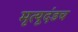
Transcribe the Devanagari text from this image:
मृत्यूदंडच